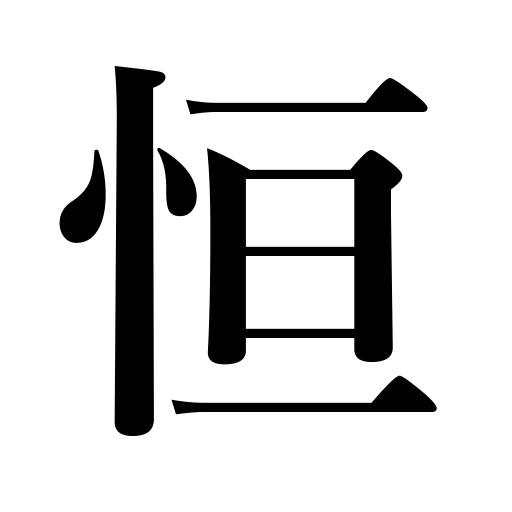
Meanings: always